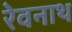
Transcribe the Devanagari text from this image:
रेवनाथ